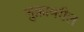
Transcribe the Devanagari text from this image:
शुक्रावरील